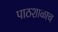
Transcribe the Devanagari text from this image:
पाठशाळाच